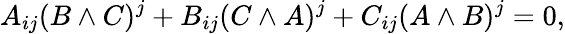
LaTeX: A_{ij}(B\wedge C)^{j}+B_{ij}(C\wedge A)^{j}+C_{ij}(A\wedge B)^{j}=0,